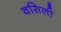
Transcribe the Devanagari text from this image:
वसिली